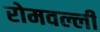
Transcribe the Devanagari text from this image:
रोमवल्ली